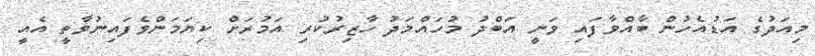
މިއަދުގެ އަޑުއެހުން ބާއްވާފައި ވަނީ އަބްދު މުހައްމަދު ހާޒިރުކުރި އަމުރަށް ކިޔަމަންވެފައިނުވާތީ އެއީ